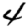
Digit: 4